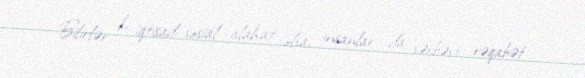
Bilirlər ki, iqtisadi-sosial islahat olsa, insanlar da sərbəst rəqabət